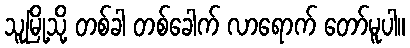
သူမြို့သို့ တစ်ခါ တစ်ခေါက် လာရောက် တော်မူပါ။